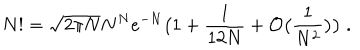
LaTeX: N ! = \sqrt { 2 \pi N } N ^ { N } e ^ { - N } \big ( 1 + \frac { 1 } { 1 2 N } + { \cal O } \big ( \frac { 1 } { N ^ { 2 } } \big ) \big ) \; .